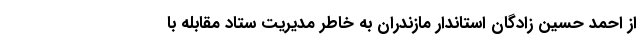
از احمد حسین زادگان استاندار مازندران به خاطر مدیریت ستاد مقابله با